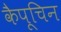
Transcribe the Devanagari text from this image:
कैपूचिन